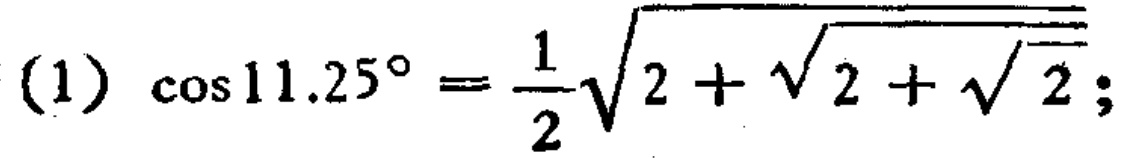
(1) \(\cos11.25^{\circ}=\frac{1}{2}\sqrt{2 + \sqrt{2+\sqrt{2}}}\)